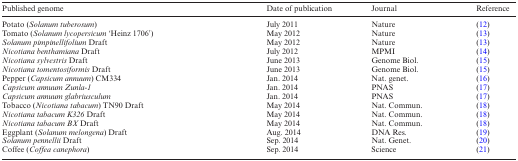
| Published genome | Date of publication | Journal | Reference |
 | --- | --- | --- | --- |
 | Potato (Solanum tuberosum) | July 2011 | Nature | (12) |
 | Tomato (Solanum lycopersicum ‘Heinz 1706′) | May 2012 | Nature | (13) |
 | Solanum pimpinellifolium Draft | May 2012 | Nature | (13) |
 | Nicotiana benthamiana Draft | July 2012 | MPMI | (14) |
 | Nicotiana sylvestris Draft | June 2013 | Genome Biol. | (15) |
 | Nicotiana tomentosiformis Draft | June 2013 | Genome Biol. | (15) |
 | Pepper (Capsicum annuum) CM334 | Jan. 2014 | Nat. genet. | (16) |
 | Capsicum annuum Zunla-1 | Jan. 2014 | PNAS | (17) |
 | Capsicum annuum glabriusculum | Jan. 2014 | PNAS | (17) |
 | Tobacco (Nicotiana tabacum) TN90 Draft | May 2014 | Nat. Commun. | (18) |
 | Nicotiana tabacum K326 Draft | May 2014 | Nat. Commun. | (18) |
 | Nicotiana tabacum BX Draft | May 2014 | Nat. Commun. | (18) |
 | Eggplant (Solanum melongena) Draft | Aug. 2014 | DNA Res. | (19) |
 | Solanum pennellii Draft | Sep. 2014 | Nat. Genet. | (20) |
 | Coffee (Coffea canephora) | Sep. 2014 | Science | (21) |